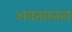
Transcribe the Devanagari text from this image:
अवतारतत्व